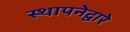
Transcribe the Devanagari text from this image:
स्थापनेद्वारे